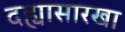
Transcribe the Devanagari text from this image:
दह्यासारखा